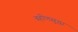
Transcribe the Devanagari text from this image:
बहीणसुद्धा